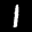
Label: 1